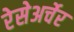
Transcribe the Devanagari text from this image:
रेसेअर्चेर